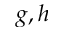
g , h